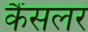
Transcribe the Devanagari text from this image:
कैंसलर